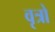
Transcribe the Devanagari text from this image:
वृत्रो